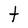
Character: t